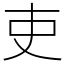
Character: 吏